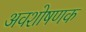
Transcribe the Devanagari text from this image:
अवशोषणक